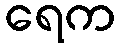
ရေက